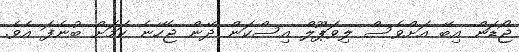
ޖޯޑަން އިބޭ އަށްވެސް ލިވަޕޫލް އިސްކަން ދޭން ޖެހޭނެ ކަމަށް ބުނެފަ އެވެ.